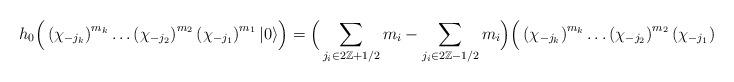
LaTeX: \begin{align*}h_0 \Big(\left(\chi _{-j_k}\right)^{m_k}\dots \left(\chi _{-j_2}\right)^{m_2}\left(\chi _{-j_1}\right)^{m_1}|0\rangle \Big)=\Big( \sum_{j_i\in 2\mathbb{Z} +1/2} m_i - \sum_{j_i\in 2\mathbb{Z} -1/2} m_i\Big)\Big(\left(\chi _{-j_k}\right)^{m_k}\dots \left(\chi _{-j_2}\right)^{m_2}\left(\chi _{-j_1}\right)^{m_1}|0\rangle \Big).\end{align*}